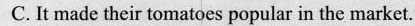
C. It made their tomatoes popularin the market.